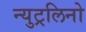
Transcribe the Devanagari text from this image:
न्युट्रलिनो